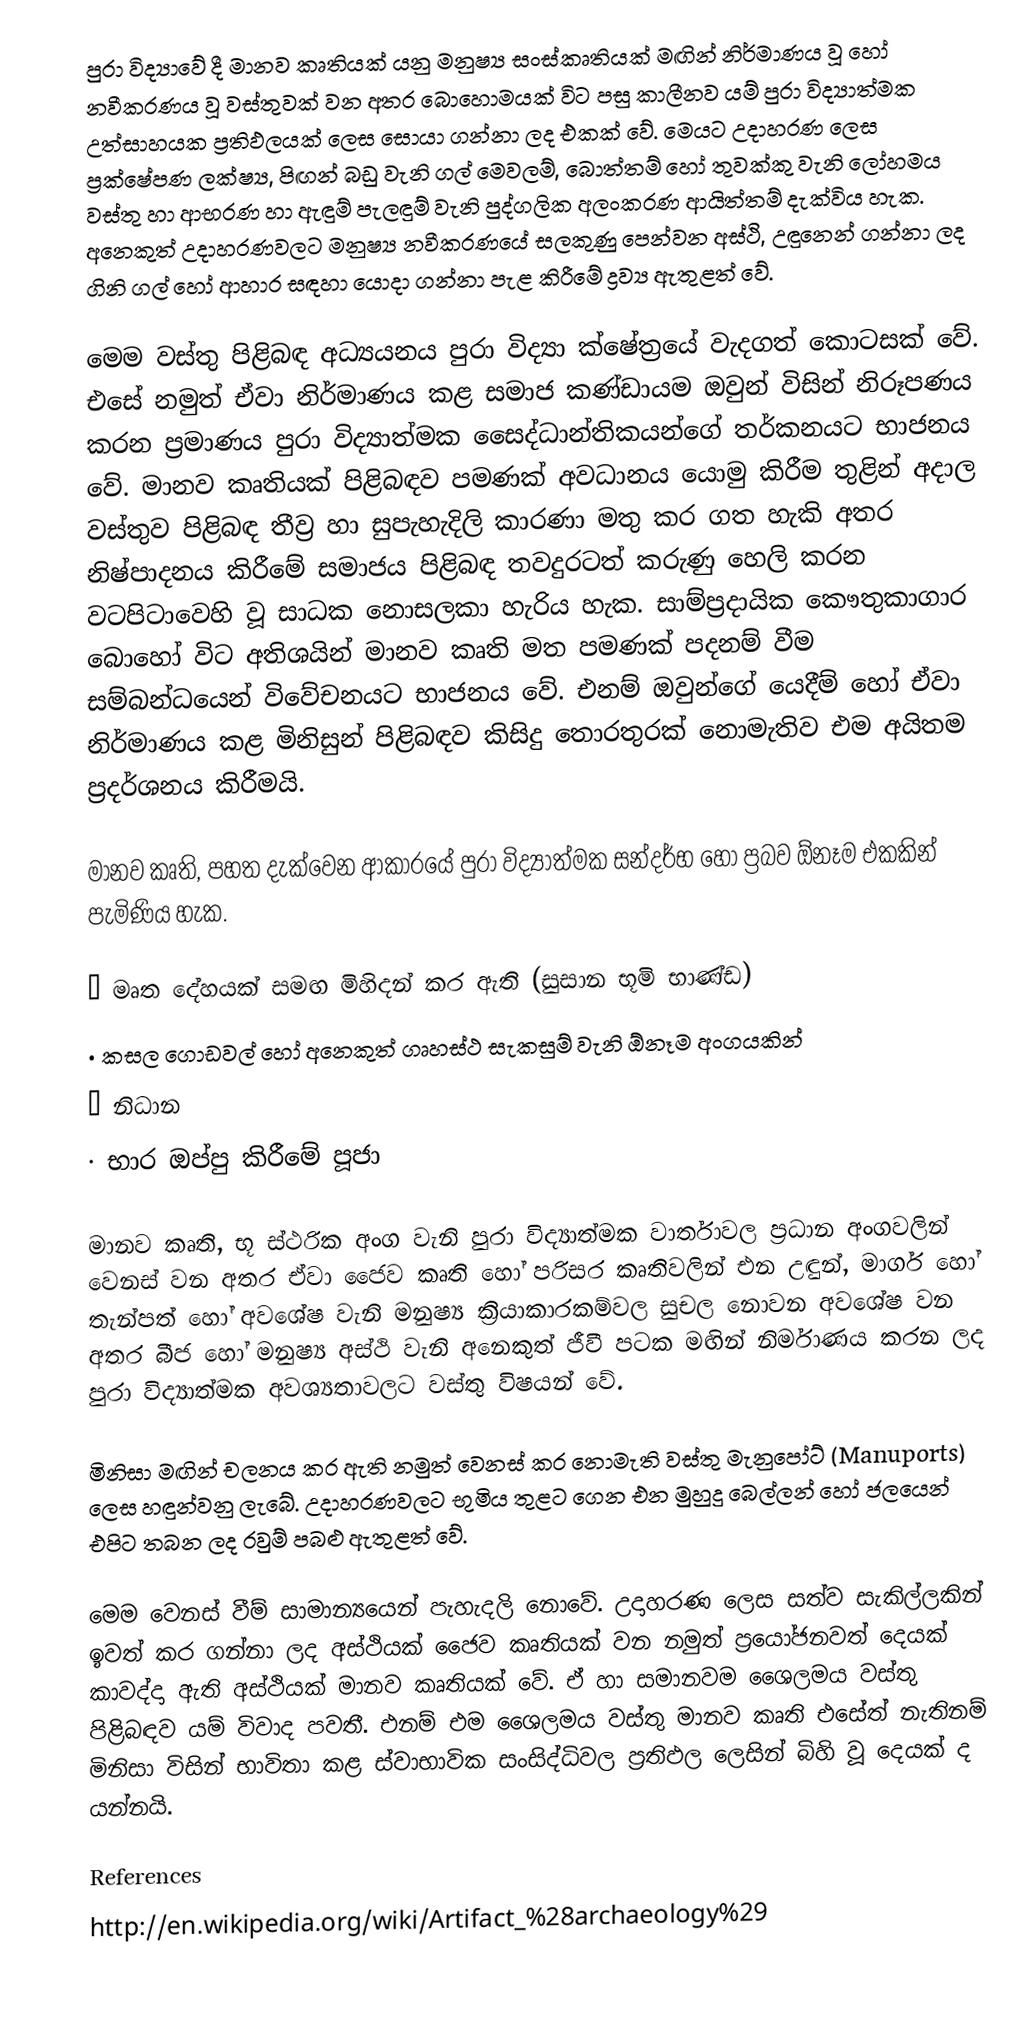
පුරා විද්‍යාවේ දී මානව කෘතියක් යනු මනුෂ්‍ය සංස්කෘතියක් මඟින් නිර්මාණය වූ හෝ නවීකරණය වූ වස්තුවක් වන අතර බොහොමයක් විට පසු කාලීනව යම් පුරා විද්‍යාත්මක උත්සාහයක ප්‍රතිඵලයක් ලෙස සොයා ගන්නා ලද එකක් වේ. මෙයට උදාහරණ ලෙස ප්‍රක්ෂේපණ ලක්ෂ්‍ය, පිඟන් බඩු  වැනි ගල් මෙවලම්, බොත්තම් හෝ තුවක්කු වැනි ලෝහමය වස්තු හා ආභරණ හා ඇඳුම් පැලඳුම් වැනි පුද්ගලික අලංකරණ ආයිත්තම් දැක්විය හැක. අනෙකුත් උදාහරණවලට මනුෂ්‍ය නවීකරණයේ සලකුණු පෙන්වන අස්ථි, උඳුනෙන් ගන්නා ලද ගිනි ගල් හෝ ආහාර සඳහා යොදා ගන්නා පැළ කිරීමේ ද්‍රව්‍ය ඇතුළත් වේ.

මෙම වස්තු පිළිබඳ අධ්‍යයනය පුරා විද්‍යා ක්ෂේත්‍රයේ වැදගත් කොටසක් වේ. එසේ නමුත් ඒවා නිර්මාණය කළ සමාජ කණ්ඩායම ඔවුන් විසින් නිරූපණය කරන ප්‍රමාණය පුරා විද්‍යාත්මක සෛද්ධාන්තිකයන්ගේ තර්කනයට භාජනය වේ. මානව කෘතියක් පිළිබඳව පමණක් අවධානය යොමු කිරීම තුළින් අදාල වස්තුව පිළිබඳ තීව්‍ර හා සුපැහැදිලි කාරණා මතු කර ගත හැකි අතර නිෂ්පාදනය කිරීමේ සමාජය පිළිබඳ තවදුරටත් කරුණු හෙලි කරන වටපිටාවෙහි වූ සාධක නොසලකා හැරිය හැක. සාම්ප්‍රදායික කෞතුකාගාර බොහෝ විට අතිශයින් මානව කෘති මත පමණක් පදනම් වීම සම්බන්ධයෙන් විවේචනයට භාජනය වේ. එනම් ඔවුන්ගේ යෙදීම් හෝ ‍ඒවා නිර්මාණය කළ මිනිසුන් පිළිබඳව කිසිදු තොරතුරක් නොමැතිව එම අයිතම ප්‍රදර්ශනය කිරීමයි.

මානව කෘති, පහත දැක්වෙන ආකාරයේ පුරා විද්‍යාත්මක සන්දර්භ හෝ ප්‍රබව ඕනෑම එකකින් පැමිණිය හැක.

·	මෘත දේහයක් සමඟ මිහිදන් කර ඇති (සුසාන භූමි භාණ්ඩ)
·	කසල ගොඩවල් හෝ අනෙකුත් ගෘහස්ථ සැකසුම් වැනි ඕනෑම අංගයකින්
·	නිධාන
·	භාර ඔප්පු කිරීමේ පූජා

මානව කෘති, භූ ස්ථරික අංග වැනි පුරා විද්‍යාත්මක වාර්තාවල ප්‍රධාන අංගවලින් වෙනස් වන අතර ඒවා ජෛව කෘති හෝ පරිසර කෘතිවලින් එන උඳුන්, මාර්ග හෝ තැන්පත් හෝ අවශේෂ වැනි මනුෂ්‍ය ක්‍රියාකාරකම්වල සුචල නොවන අ‍වශේෂ වන අතර බීජ හෝ මනුෂ්‍ය අස්ථි වැනි අනෙකුත් ජීවී පටක මඟින් නිර්මාණය කරන ලද පුරා විද්‍යාත්මක අවශ්‍යතාවලට වස්තු විෂයන් වේ.

මිනිසා මඟින් චලනය කර ඇති නමුත් වෙනස් කර නොමැති වස්තු මැනුපෝට් (Manuports) ලෙස හඳුන්වනු ලැබේ. උදාහරණවලට භුමිය තුළට ගෙන එන මුහුදු බෙල්ලන් හෝ ජලයෙන් එපිට තබන ලද රවුම් පබළු ඇතුළත් වේ.

මෙම වෙනස් වීම් සාමාන්‍යයෙන් පැහැදලි නොවේ. උදාහරණ ලෙස සත්ව සැකිල්ලකින් ඉවත් කර ගන්නා ලද අස්ථියක් ජෛව කෘතියක් වන නමුත් ප්‍රයෝජනවත් දෙයක් කාවද්දා ඇති අස්ථියක් මානව කෘතියක් වේ. ඒ හා සමානවම ශෛලමය වස්තු පිළිබඳව යම් විවාද පවතී. එනම් එම ශෛලමය වස්තු මානව කෘති එසේත් නැතිනම් මිනිසා විසින් භාවිතා කළ ස්වාභාවික සංසිද්ධිවල ප්‍රතිඵල ලෙසින් බිහි වූ දෙයක් ද යන්නයි.

References
http://en.wikipedia.org/wiki/Artifact_%28archaeology%29